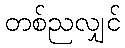
တစ်ညလျှင်